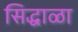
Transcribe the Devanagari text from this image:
सिद्धाळा